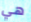
هي